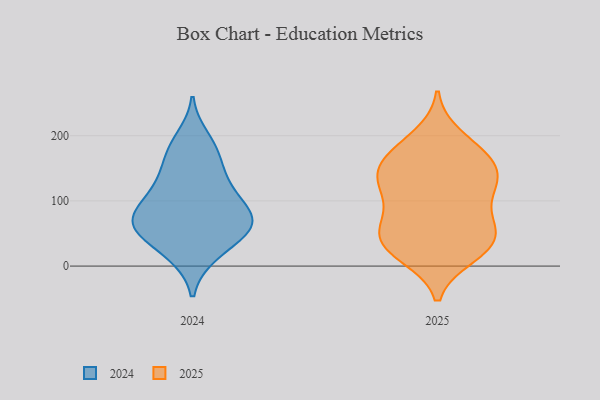
{"axis": {"x": "Revenue (USD Million)", "y": "Value"}, "legend": ["2024", "2025"], "data": [{"x": "", "y": 55, "type": "2024"}, {"x": "", "y": 114, "type": "2024"}, {"x": "", "y": 65, "type": "2024"}, {"x": "", "y": 144, "type": "2024"}, {"x": "", "y": 135, "type": "2024"}, {"x": "", "y": 70, "type": "2024"}, {"x": "", "y": 92, "type": "2024"}, {"x": "", "y": 62, "type": "2024"}, {"x": "", "y": 17, "type": "2024"}, {"x": "", "y": 108, "type": "2024"}, {"x": "", "y": 17, "type": "2024"}, {"x": "", "y": 196, "type": "2024"}, {"x": "", "y": 67, "type": "2024"}, {"x": "", "y": 53, "type": "2024"}, {"x": "", "y": 172, "type": "2024"}, {"x": "", "y": 178, "type": "2024"}, {"x": "", "y": 90, "type": "2024"}, {"x": "", "y": 55, "type": "2024"}, {"x": "", "y": 199, "type": "2025"}, {"x": "", "y": 177, "type": "2025"}, {"x": "", "y": 67, "type": "2025"}, {"x": "", "y": 158, "type": "2025"}, {"x": "", "y": 44, "type": "2025"}, {"x": "", "y": 29, "type": "2025"}, {"x": "", "y": 18, "type": "2025"}, {"x": "", "y": 152, "type": "2025"}, {"x": "", "y": 137, "type": "2025"}, {"x": "", "y": 126, "type": "2025"}, {"x": "", "y": 102, "type": "2025"}, {"x": "", "y": 178, "type": "2025"}, {"x": "", "y": 120, "type": "2025"}, {"x": "", "y": 71, "type": "2025"}, {"x": "", "y": 45, "type": "2025"}, {"x": "", "y": 59, "type": "2025"}, {"x": "", "y": 121, "type": "2025"}, {"x": "", "y": 16, "type": "2025"}, {"x": "", "y": 34, "type": "2025"}, {"x": "", "y": 149, "type": "2025"}]}